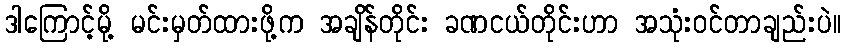
ဒါကြောင့်မို့ မင်းမှတ်ထားဖို့က အချိန်တိုင်း ခဏငယ်တိုင်းဟာ အသုံးဝင်တာချည်းပဲ။